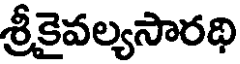
శ్రీకైవల్యసారథి